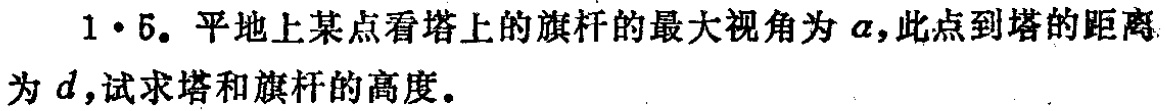
1·5. 平地上某点看塔上的旗杆的最大视角为\(\alpha\)，此点到塔的距离为\(d\)，试求塔和旗杆的高度。